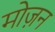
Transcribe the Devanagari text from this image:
मोज़न